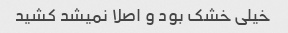
خیلی خشک بود و اصلا نمیشد کشید